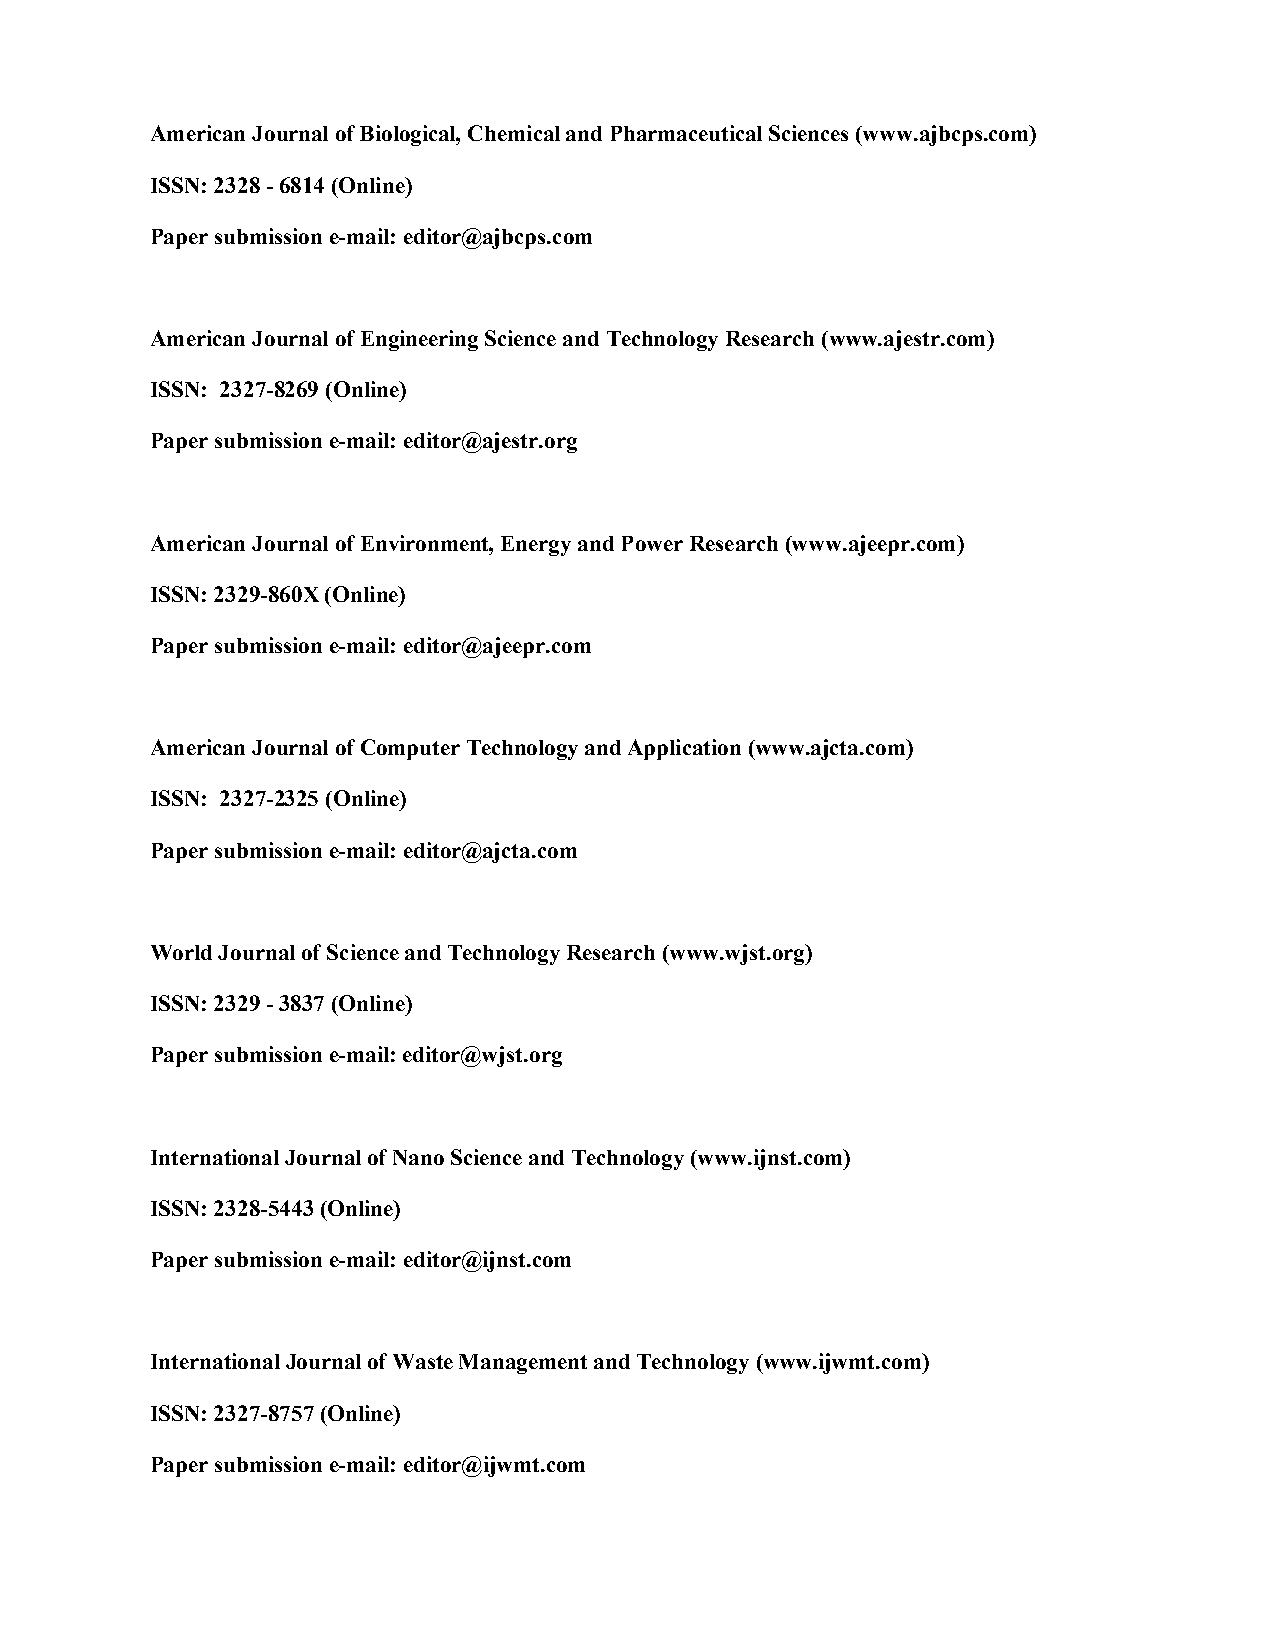
American Journal of Biological, Chemical and Pharmaceutical Sciences (www.ajbcps.com)
 ISSN: 2328 - 6814 (Online)
 Paper submission e-mail: editor@ajbcps.com
 American Journal of Engineering Science and Technology Research (www.ajestr.com)
 ISSN: 2327-8269 (Online)
 Paper submission e-mail: editor@ajestr.org
 American Journal of Environment, Energy and Power Research (www.ajeepr.com)
 ISSN: 2329-860X (Online)
 Paper submission e-mail: editor@ajeepr.com
 American Journal of Computer Technology and Application (www.ajcta.com)
 ISSN: 2327-2325 (Online)
 Paper submission e-mail: editor@ajcta.com
 World Journal of Science and Technology Research (www.wjst.org)
 ISSN: 2329 - 3837 (Online)
 Paper submission e-mail: editor@wjst.org
 International Journal of Nano Science and Technology (www.ijnst.com)
 ISSN: 2328-5443 (Online)
 Paper submission e-mail: editor@ijnst.com
 International Journal of Waste Management and Technology (www.ijwmt.com)
 ISSN: 2327-8757 (Online)
 Paper submission e-mail: editor@ijwmt.com